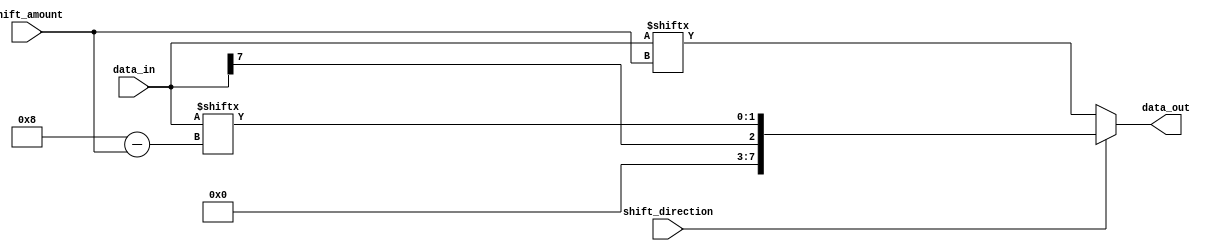
module Circular_Barrel_Shifter (
    input [7:0] data_in,
    input [2:0] shift_amount,
    input shift_direction, // 0 for left shift, 1 for right shift
    output reg [7:0] data_out
);

always @(*) begin
    if (shift_direction == 0) begin
        data_out = {data_in[shift_amount-1:0], data_in[7:shift_amount]};
    end
    else begin
        data_out = {data_in[7-shift_amount:7], data_in[7:8-shift_amount]};
    end
end

endmodule